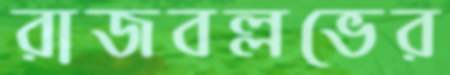
রাজবল্লভের